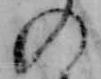
の